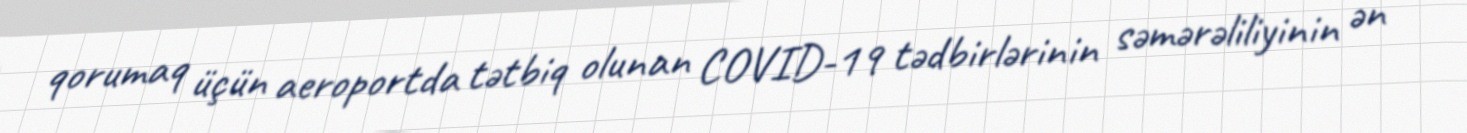
qorumaq üçün aeroportda tətbiq olunan COVID-19 tədbirlərinin səmərəliliyinin ən